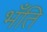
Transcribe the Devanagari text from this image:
भँति